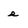
Character: e